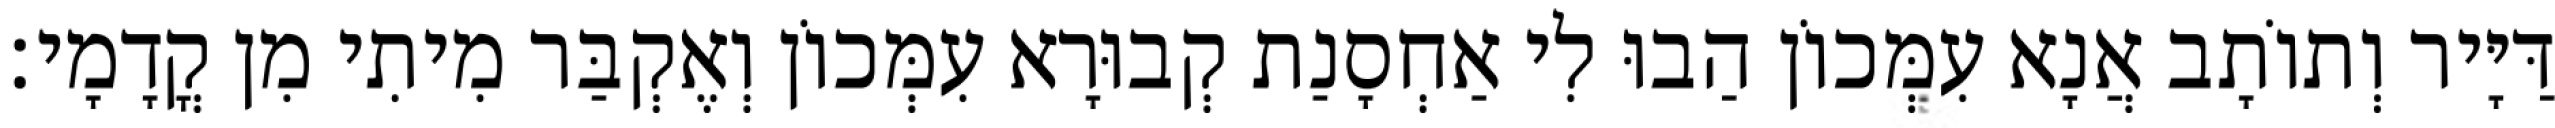
דַּיָּיר וְתוֹתָב אֲנָא עִמְּכוֹן הַבוּ לִי אַחְסָנַת קְבוּרָא עִמְּכוֹן וְאֶקְבַּר מִיתִי מִן קֳדָמָי׃